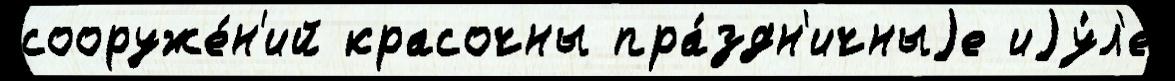
сооруже́н'ий красочны пра́здн'ичныjе иjу́л'е